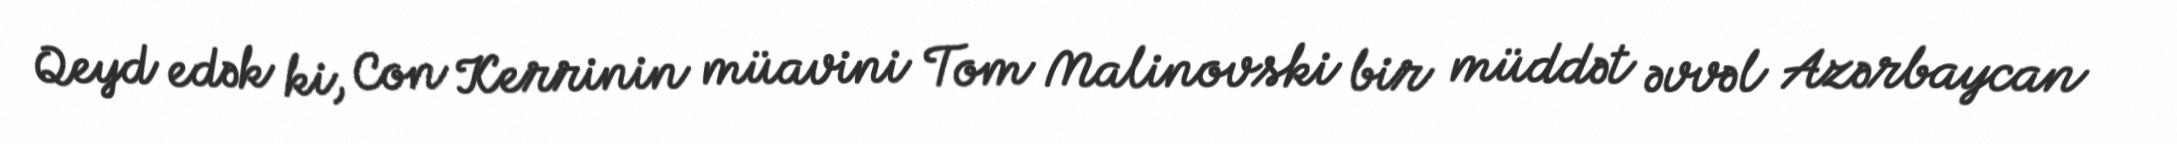
Qeyd edək ki, Con Kerrinin müavini Tom Malinovski bir müddət əvvəl Azərbaycan